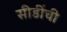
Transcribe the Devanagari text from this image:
सीडींची